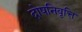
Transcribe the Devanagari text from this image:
दोषनिवृत्ति